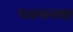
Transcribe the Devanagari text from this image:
गमभनवर